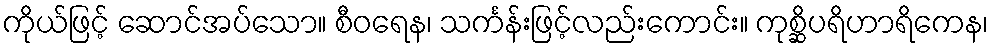
ကိုယ်ဖြင့် ဆောင်အပ်သော။ စီဝရေန၊ သင်္ကန်းဖြင့်လည်းကောင်း။ ကုစ္ဆိပရိဟာရိကေန၊